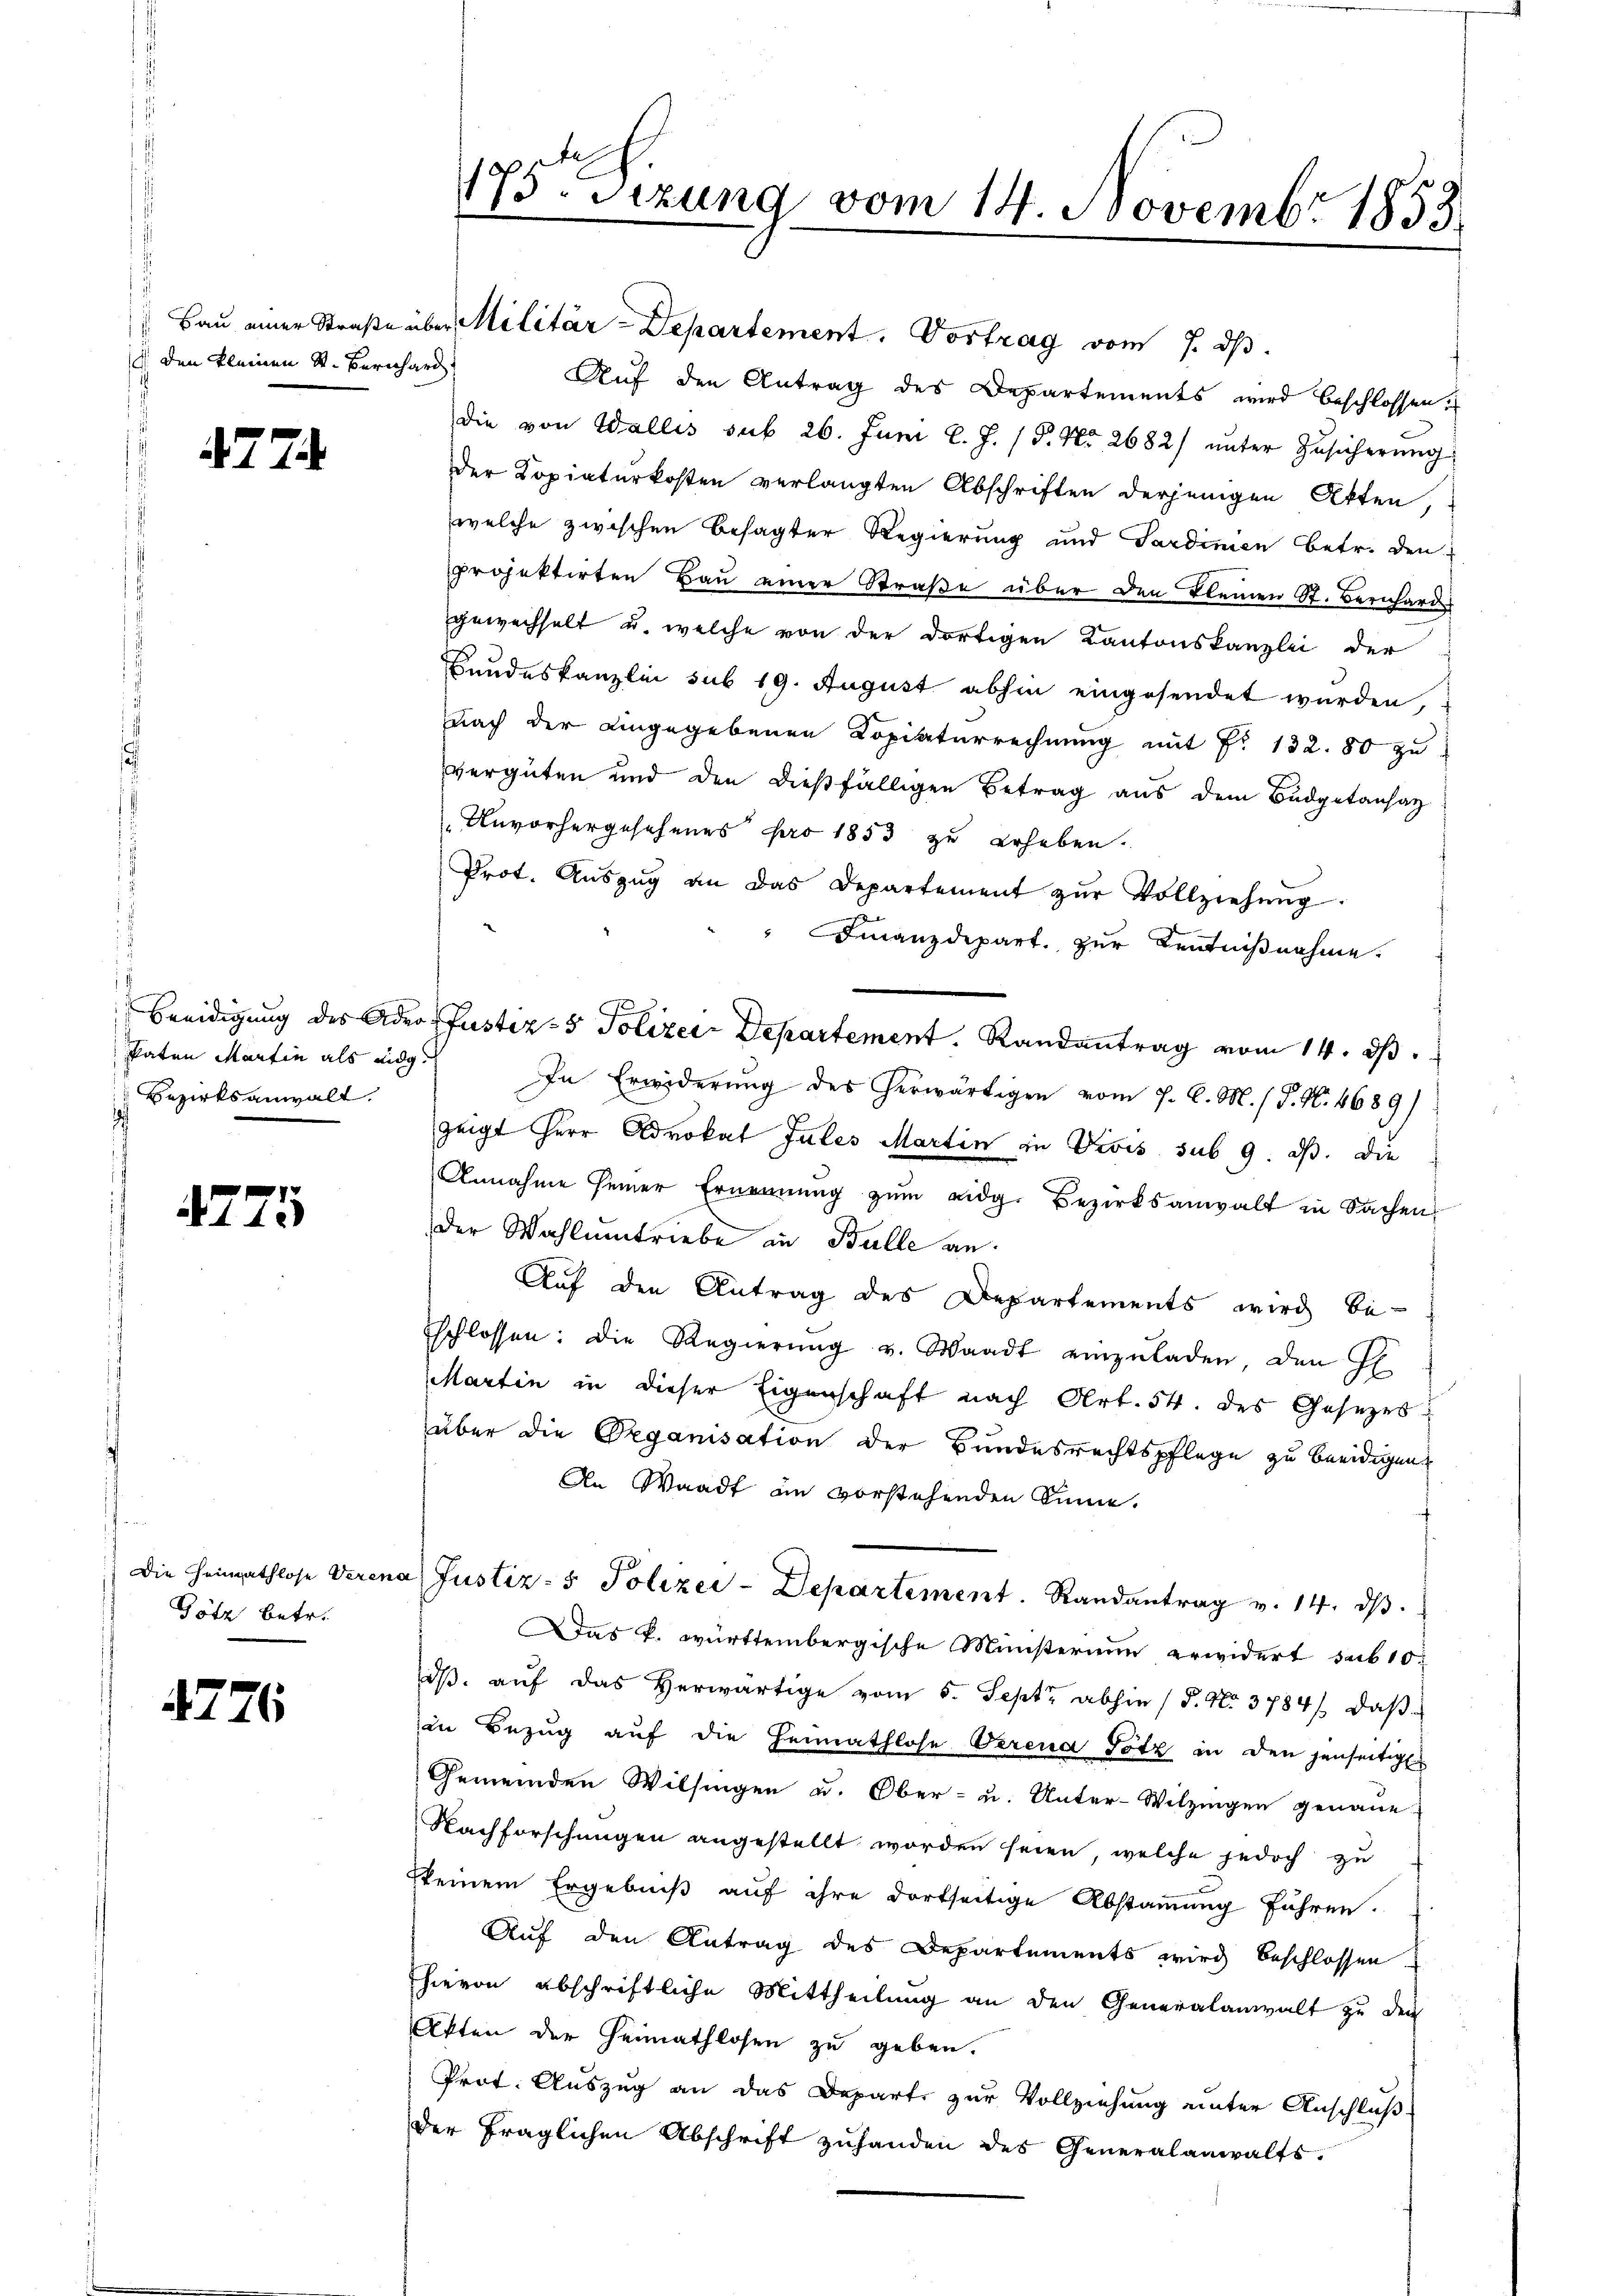
den kleinen St. Bernhard

477.

katen Martin als eidg.
Bezirksanwalt.

4775

Die Heimathlose Veren
Götz betr.

4776

175. Sizung vom 14. Novembr 1853

" Bau einer Straße über Militär-Departement. Vortrag vom 7. ds.
Auf den Antrag des Departements wird beschlossen.
die von Wallis sub 26. Juni l. J. P. Nr. 2682) unter Zusicherung
der Kopiaturkosten verlangten Abschriften derjenigen Akten,
welche zwischen besagter Regierung und Sardinien betr. den
projektirten Bau einer Straße über den kleinen St. Bernhards
gewechselt u. welche von der dortigen Kantonskanzlei der
Bundeskanzlei sub 19. August abhin eingesendet wurden,
nach der eingegebenen Kopiaturrechnung mit Fr. 132. 80 zu
vergüten und den dießfälligen Betrag aus dem Budgetansaz
Unvorhergesehenes pro 1853 zu erheben.
Prot. Aŭszŭg an das Departement zŭr Vollziehŭng.
Finanzdepart. zur Kenntnißnahme.
In Erwiderung des herwärtigen vom 7. d. M. / P. N. 4689/
zeigt Herr Advokat Jules Martin in Divis sub 9. ds. Die
Annahme seiner Ernennung zŭm eidg. Bezirksanwalt in Sachen
Der Wahlumtriebe in Balle an.
Auf den Antrag des Departements wird be-
schlossen: die Regierŭng u. Waadt einzŭladen, den Gl
Martin in dieser Eigenschaft nach Art. 54. des Gesezes
über die Organisation der Bundesrechtspflege zu beeidigen.
An Waadt an vorstehenden Sinne.
a Justiz- & Polizei-Departement. Randantrag v. 14. ds.
as k. württembergische Ministerium erwidert sub 10
dβ aŭf das herwärtige vom 5. Sept. abhin (5. No. 3784/. daβ
in Bezug auf die Heimathlose Verena Totz in den jenseitigen
Gemeinden Wilsingen u. Ober- u. Unter-Wilzingen genaue
Nachforschungen angestellt worden seien, welche jedoch zu
keinem Ergebniß auf ihre dortseitige Abstammung führen.
Auf den Antrag des Departements wird beschlossen
hievon abschriftliche Mittheilung an den Generalanwalt zu den
Akten der Heimathlosen zu geben.
Prot. Auszug an das Depart zur Vollziehung unter Anschluß-
der fraglichen Abschrift zuhanden des Generalanwalts.

Beeidigung des Adeo Pustiz- & Polizei Departement. Randantrag vom 14. ds.